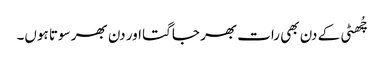
چُھٹی کے دن بھی رات بھر جاگتا اور دن بھر سوتا ہوں۔